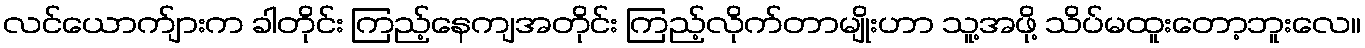
လင်ယောက်ျားက ခါတိုင်း ကြည့်နေကျအတိုင်း ကြည့်လိုက်တာမျိုးဟာ သူ့အဖို့ သိပ်မထူးတော့ဘူးလေ။